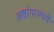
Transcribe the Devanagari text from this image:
अष्टांगामध्ये